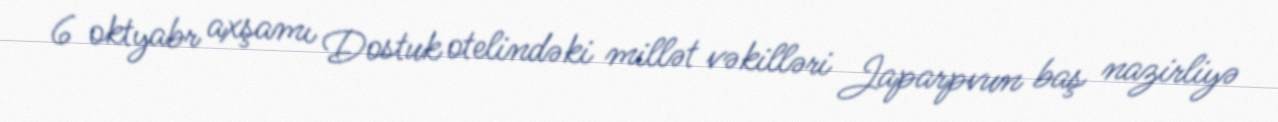
6 oktyabr axşamı Dostuk otelindəki millət vəkilləri Japarpvun baş nazirliyə